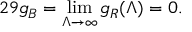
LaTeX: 2 9 g _ { B } = \operatorname * { l i m } _ { \Lambda \rightarrow \infty } g _ { R } ( \Lambda ) = 0 .